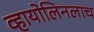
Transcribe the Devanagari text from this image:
व्हायोलिनलाच